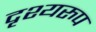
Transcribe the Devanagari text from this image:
दृश्यरुप